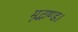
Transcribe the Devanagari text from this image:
मृद्भाण्ड।